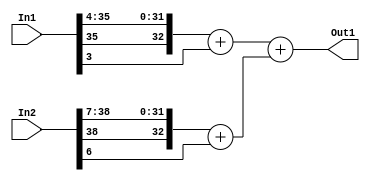
// -------------------------------------------------------------
// 
// 
// Generated by MATLAB 9.14 and HDL Coder 4.1
// 
// -------------------------------------------------------------


// -------------------------------------------------------------
// 
// Module: suma2_block1
// Source Path: FP_sub/fp model/IIR_section_3/suma2
// Hierarchy Level: 2
// 
// -------------------------------------------------------------

`timescale 1 ns / 1 ns

module suma2_block1
          (In2,
           In1,
           Out1);


  input   signed [38:0] In2;  // sfix39_En29
  input   signed [35:0] In1;  // sfix36_En26
  output  signed [32:0] Out1;  // sfix33_En22


  wire signed [32:0] suma2_add_cast;  // sfix33_En22
  wire signed [32:0] suma2_add_cast_1;  // sfix33_En22
  wire signed [32:0] suma2_out1;  // sfix33_En22


  assign suma2_add_cast = ({In1[35], In1[35:4]}) + $signed({1'b0, In1[3]});
  assign suma2_add_cast_1 = ({In2[38], In2[38:7]}) + $signed({1'b0, In2[6]});
  assign suma2_out1 = suma2_add_cast + suma2_add_cast_1;



  assign Out1 = suma2_out1;

endmodule  // suma2_block1